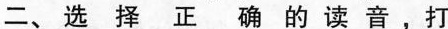
二、选择正确的读音，打